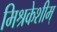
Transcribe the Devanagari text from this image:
मिश्रकेशीम्